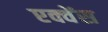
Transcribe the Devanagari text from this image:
एक्वेंस